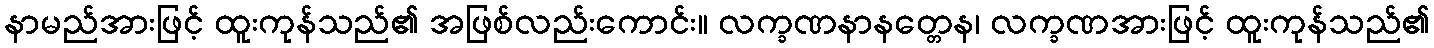
နာမည်အားဖြင့် ထူးကုန်သည်၏ အဖြစ်လည်းကောင်း။ လက္ခဏနာနတ္တေန၊ လက္ခဏအားဖြင့် ထူးကုန်သည်၏